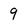
Character: 9